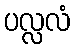
ပလ္လလံ